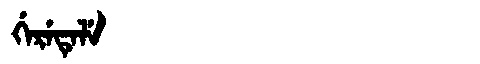
Manchu: ᡤᡝᡵᡝᡨᡝᠯᡝ
Romanization: GERETELE